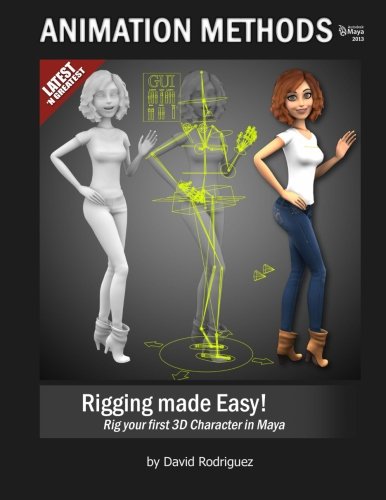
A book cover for Animation Methods - Rigging Made Easy: Rig your first 3D Character in Maya; David Rodriguez; Computers & Technology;